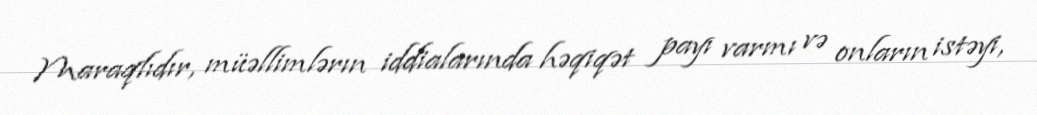
Maraqlıdır, müəllimlərın iddialarında həqiqət payı varmı və onların istəyi,